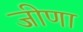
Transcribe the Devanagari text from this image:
जीणा